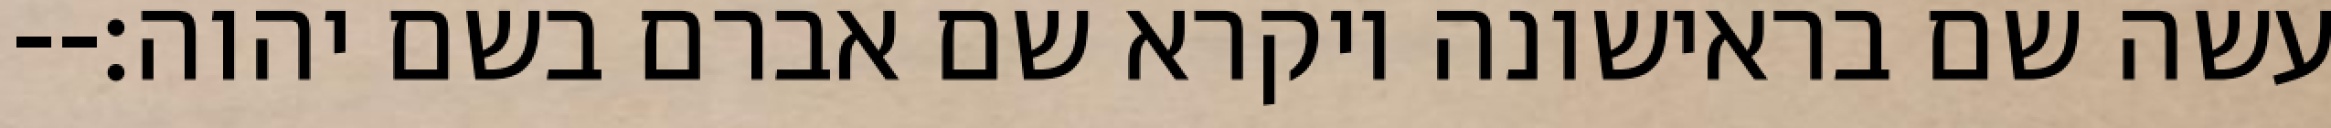
עשה שם בראישונה ויקרא שם אברם בשם יהוה׃--